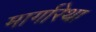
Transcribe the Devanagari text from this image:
मार्गारेथा